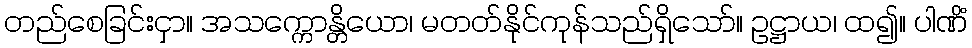
တည်စေခြင်းငှာ။ အသက္ကောန္တိယော၊ မတတ်နိုင်ကုန်သည်ရှိသော်။ ဥဋ္ဌာယ၊ ထ၍။ ပါဏိံ